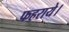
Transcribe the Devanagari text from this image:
फहराये।